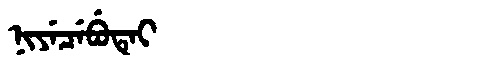
Manchu: ᠨᡳᠶᡝᠴᡝᠪᡠᡨᡝᡳ
Romanization: NIYECEBUTEI